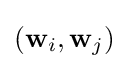
({\bf {w}}_{i},{\bf {w}}_{j})